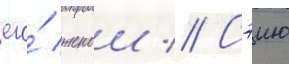
его́ женои // Сэию